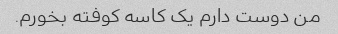
من دوست دارم یک کاسه کوفته بخورم.